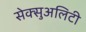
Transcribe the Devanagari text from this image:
सेक्सुअलिटी